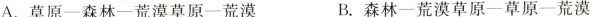
A.草原—森林—荒漠草原—荒漠 B.森林—荒漠草原—草原—荒漠